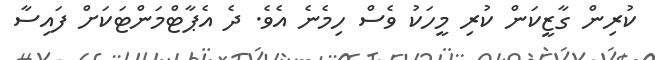
ކުރިން ގާޒީކަން ކުރި މީހަކު ވެސް ހިމެނެ އެވެ. ދެ އެޕާޓްމަންޓަކަށް ފައިސާ